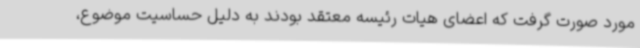
مورد صورت گرفت که اعضای هیات رئیسه معتقد بودند به دلیل حساسیت موضوع،